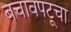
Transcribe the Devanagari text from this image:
बचावपटूचा